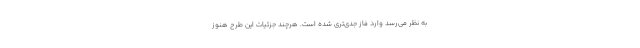
به نظر می‌رسد وارد فاز جدی‌تری شده است. هرچند جزئیات این طرح هنوز